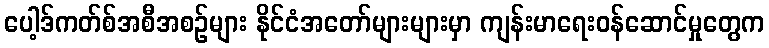
ပေါ့ဒ်ကတ်စ်အစီအစဉ်များ နိုင်ငံအတော်များများမှာ ကျန်းမာရေးဝန်ဆောင်မှုတွေက